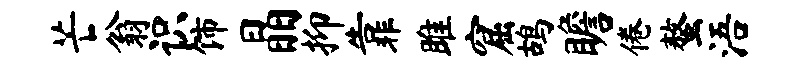
芒翁识饰晶抑靠雎窟鸪瞻倦螯浯